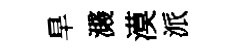
旱濺漠派